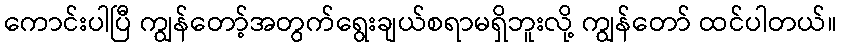
ကောင်းပါပြီ ကျွန်တော့်အတွက်ရွေးချယ်စရာမရှိဘူးလို့ ကျွန်တော် ထင်ပါတယ်။